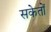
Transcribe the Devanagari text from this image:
सकेतों